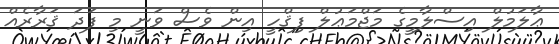
ޢާލަމުލް އިސްލާމީގެ މަޖްމަޢުލް ފިޤްހީ އިން ވެސް ވަނީ މި ފަދަ ޤަރާރެއް